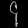
Digit: ၄